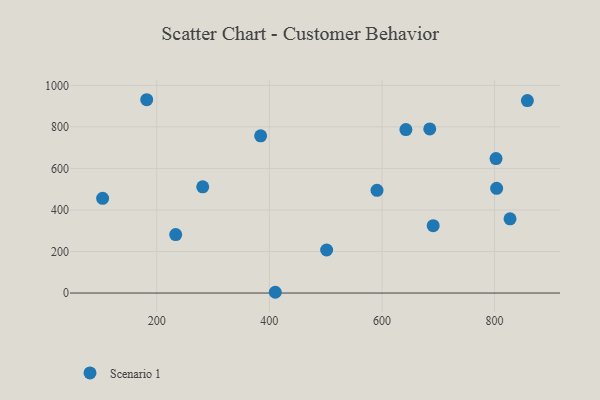
{"axis": {"x": "Investment", "y": "Salary"}, "legend": ["Scenario 1"], "data": [{"x": "233.6", "y": 281.5, "type": "Scenario 1"}, {"x": "384.5", "y": 757.0, "type": "Scenario 1"}, {"x": "803.7", "y": 504.1, "type": "Scenario 1"}, {"x": "281.6", "y": 511.6, "type": "Scenario 1"}, {"x": "182.1", "y": 930.7, "type": "Scenario 1"}, {"x": "410.5", "y": 3.7, "type": "Scenario 1"}, {"x": "642.5", "y": 787.2, "type": "Scenario 1"}, {"x": "827.5", "y": 357.2, "type": "Scenario 1"}, {"x": "858.3", "y": 926.6, "type": "Scenario 1"}, {"x": "802.6", "y": 647.5, "type": "Scenario 1"}, {"x": "501.7", "y": 207.2, "type": "Scenario 1"}, {"x": "591.2", "y": 494.6, "type": "Scenario 1"}, {"x": "684.9", "y": 790.3, "type": "Scenario 1"}, {"x": "691.0", "y": 324.1, "type": "Scenario 1"}, {"x": "103.8", "y": 455.8, "type": "Scenario 1"}]}